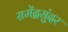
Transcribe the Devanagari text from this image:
रामेंद्रसुंदर